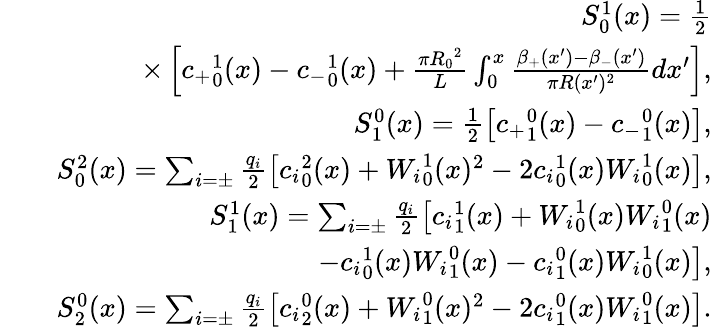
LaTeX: \begin{array}{rlr}&{}&{S_{0}^{1}(x)=\frac{1}{2}}\\ &{}&{\times\left[{c_{+}}_{0}^{1}(x)-{c_{-}}_{0}^{1}(x)+\frac{\pi{R_{0}}^{2}}{L}\int_{0}^{x}\frac{\beta_{+}(x^{\prime})-\beta_{-}(x^{\prime})}{\pi R(x^{\prime})^{2}}dx^{\prime}\right],}\\ &{}&{S_{1}^{0}(x)=\frac{1}{2}\left[{c_{+}}_{1}^{0}(x)-{c_{-}}_{1}^{0}(x)\right],}\\ &{}&{S_{0}^{2}(x)=\sum_{i=\pm}\frac{q_{i}}{2}\left[{c_{i}}_{0}^{2}(x)+{W_{i}}_{0}^{1}(x)^{2}-2{c_{i}}_{0}^{1}(x){W_{i}}_{0}^{1}(x)\right],}\\ &{}&{S_{1}^{1}(x)=\sum_{i=\pm}\frac{q_{i}}{2}\left[{c_{i}}_{1}^{1}(x)+{W_{i}}_{0}^{1}(x){W_{i}}_{1}^{0}(x)\right.}\\ &{}&{\qquad\qquad\qquad\qquad\left.-{c_{i}}_{0}^{1}(x){W_{i}}_{1}^{0}(x)-{c_{i}}_{1}^{0}(x){W_{i}}_{0}^{1}(x)\right],}\\ &{}&{S_{2}^{0}(x)=\sum_{i=\pm}\frac{q_{i}}{2}\left[{c_{i}}_{2}^{0}(x)+{W_{i}}_{1}^{0}(x)^{2}-2{c_{i}}_{1}^{0}(x){W_{i}}_{1}^{0}(x)\right].}\end{array}